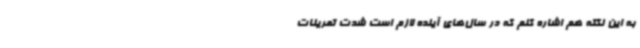
به این نکته هم اشاره کنم که در سال‌های آینده لازم است شدت تمرینات